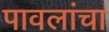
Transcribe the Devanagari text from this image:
पावलांचा